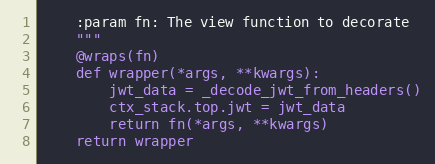
Language: Python
    :param fn: The view function to decorate
    """
    @wraps(fn)
    def wrapper(*args, **kwargs):
        jwt_data = _decode_jwt_from_headers()
        ctx_stack.top.jwt = jwt_data
        return fn(*args, **kwargs)
    return wrapper